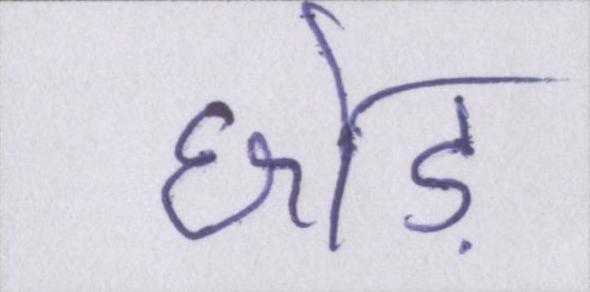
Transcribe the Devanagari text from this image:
छोड़